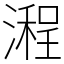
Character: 𣽿